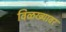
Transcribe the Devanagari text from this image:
विळख्यावर